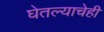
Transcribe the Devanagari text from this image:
घेतल्याचेही